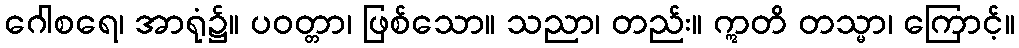
ဂေါစရေ၊ အာရုံ၌။ ပဝတ္တာ၊ ဖြစ်သော။ သညာ၊ တည်း။ ဣတိ တသ္မာ၊ ကြောင့်။